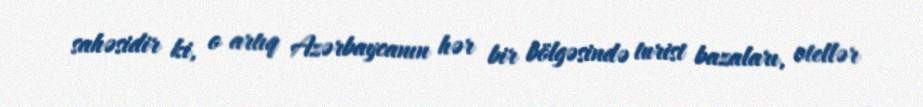
sahəsidir ki, o artıq Azərbaycanın hər bir bölgəsində turist bazaları, otellər